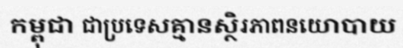
កម្ពុជា ជាប្រទេសគ្មានស្ថិរភាពនយោបាយ